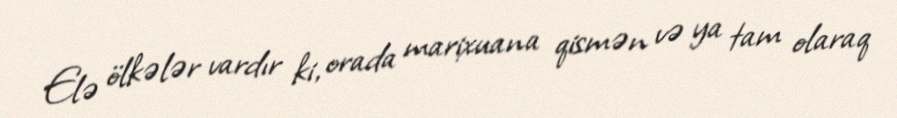
Elə ölkələr vardır ki, orada marixuana qismən və ya tam olaraq